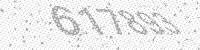
Solution: 617893